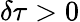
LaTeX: \delta\tau>0